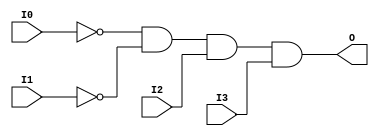
// $Header: /devl/xcs/repo/env/Databases/CAEInterfaces/verunilibs/data/unisims/AND4B2.v,v 1.6 2007/05/23 21:43:33 patrickp Exp $
///////////////////////////////////////////////////////////////////////////////
// Copyright (c) 1995/2004 Xilinx, Inc.
// All Right Reserved.
///////////////////////////////////////////////////////////////////////////////
//   ____  ____
//  /   /\/   /
// /___/  \  /    Vendor : Xilinx
// \   \   \/     Version : 10.1
//  \   \         Description : Xilinx Functional Simulation Library Component
//  /   /                  4-input AND Gate
// /___/   /\     Filename : AND4B2.v
// \   \  /  \    Timestamp : Thu Mar 25 16:42:12 PST 2004
//  \___\/\___\
//
// Revision:
//    03/23/04 - Initial version.
//    05/23/07 - Changed timescale to 1 ps / 1 ps.
//    05/23/07 - Added wire declaration for internal signals.

`timescale  1 ps / 1 ps


module AND4B2 (O, I0, I1, I2, I3);

    output O;

    input  I0, I1, I2, I3;

    wire i0_inv;
    wire i1_inv;

    not N1 (i1_inv, I1);
    not N0 (i0_inv, I0);
    and A1 (O, i0_inv, i1_inv, I2, I3);


endmodule